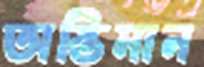
অস্তিমান